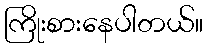
ကြိုးစားနေပါတယ်။